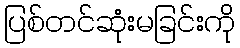
ပြစ်တင်ဆုံးမခြင်းကို